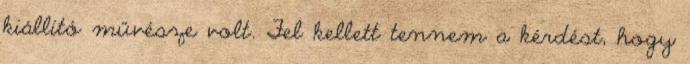
kiállító művésze volt. Fel kellett tennem a kérdést, hogy